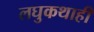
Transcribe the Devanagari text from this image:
लघुकथाही